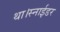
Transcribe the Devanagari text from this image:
था।स्नाईडर